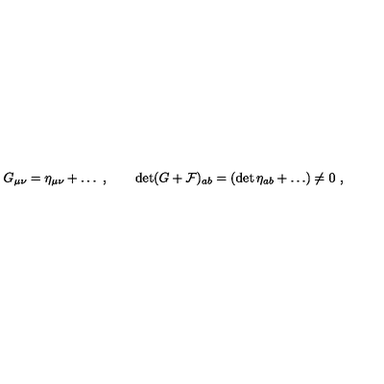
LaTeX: G _ { \mu \nu } = \eta _ { \mu \nu } + \dots \ , \qquad \det ( G + { \cal F } ) _ { a b } = ( \det \eta _ { a b } + \dots ) \neq 0 \ ,